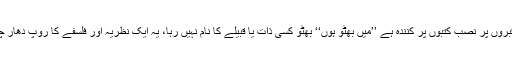
ان کی قبروں پر نصب کتبوں پر کنندہ ہے ’’میں بھٹو ہوں‘‘ بھٹو کسی ذات یا قبیلے کا نام نہیں رہا، یہ ایک نظریہ اور فلسفے کا روپ دھار چکا ہے۔